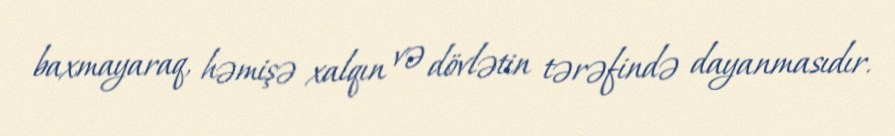
baxmayaraq, həmişə xalqın və dövlətin tərəfində dayanmasıdır.